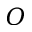
O